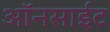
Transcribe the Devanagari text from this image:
ऑनसाईट